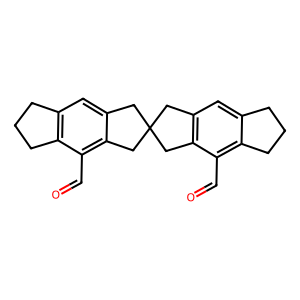
SMILES: O=Cc1c2c(cc3c1CC1(C3)Cc3cc4c(c(C=O)c3C1)CCC4)CCC2
Inhibits HIV replication: No